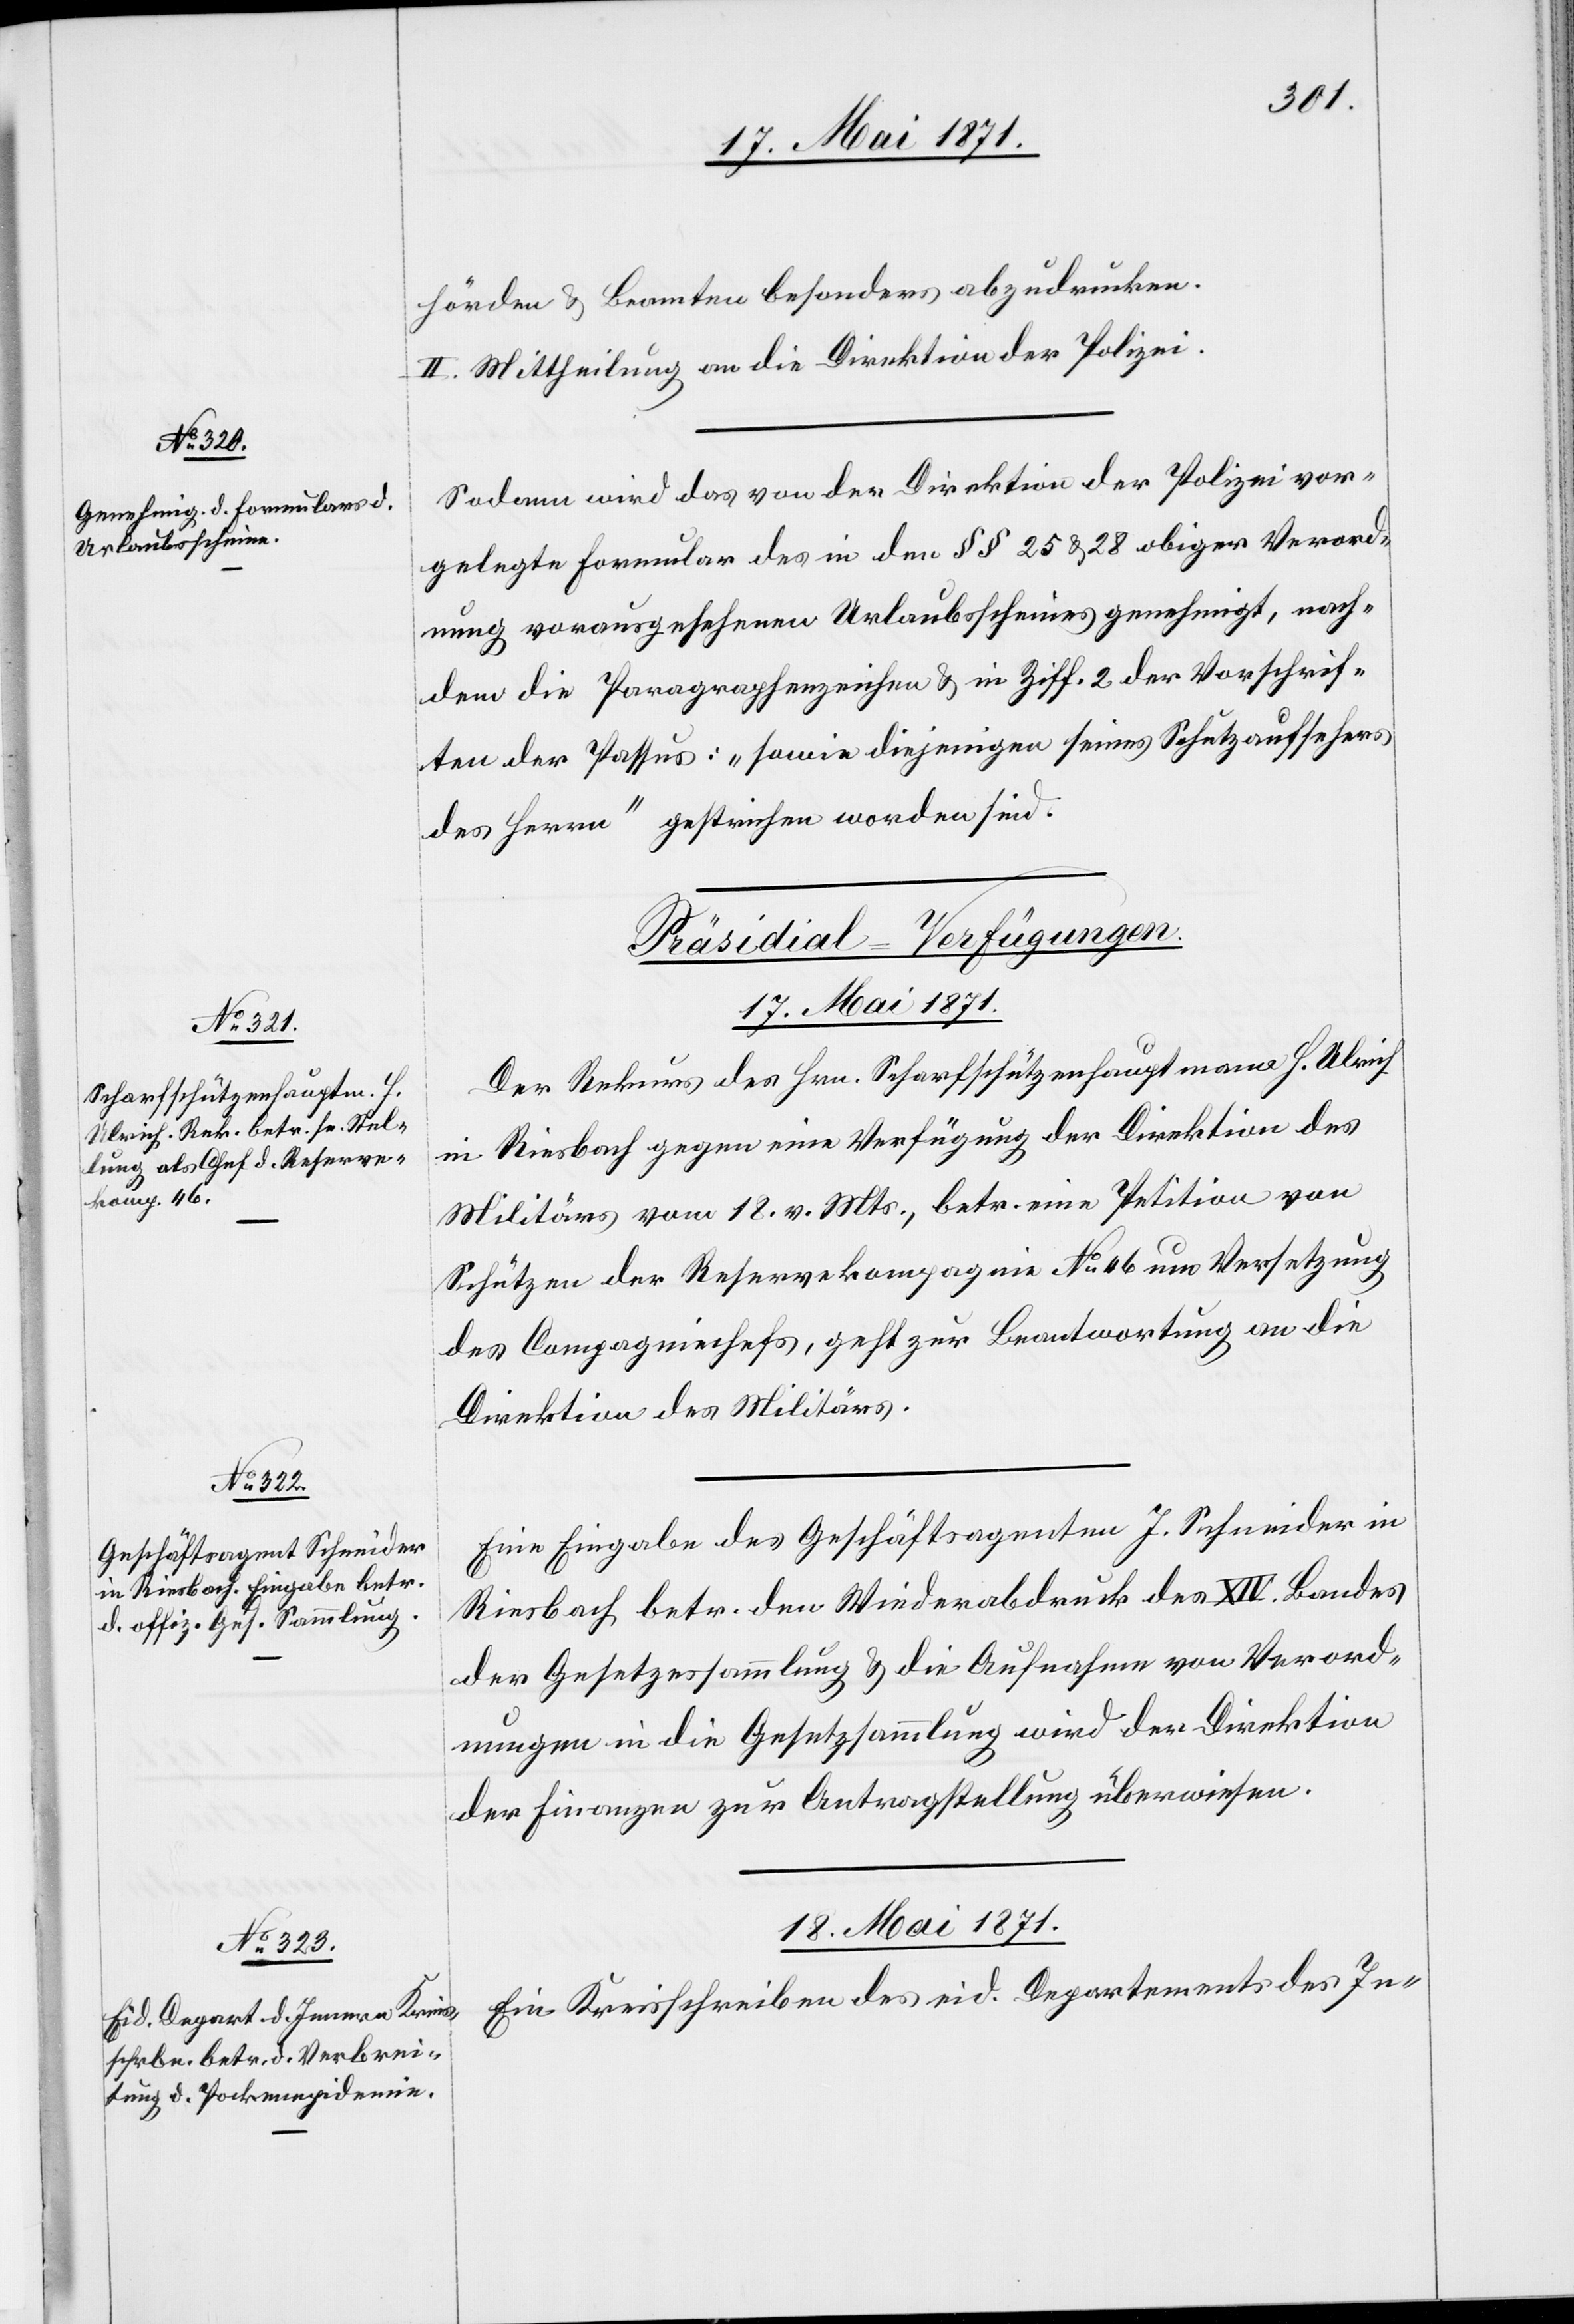
17. Mai 1871.]
Sodann wird das von der Direktion der Polizei vor¬
gelegte Formular des in den §§ 25 u. 28 obiger Verord¬
nung vorausgesehenen Urlaubsscheines genehmigt, nach¬
dem die Paragraphenzeichen u. in Ziff. 2 der Vorschrif¬
ten der Passus: „Sowie diejenigen seines Schutzaufsehers
des Herrn“ gestrichen worden sind.
[Präsidial-Verfügungen]
17. Mai 1871.
Der Rekurs des Hrn. Scharfschützenhauptmann H. Ulrich
in Riesbach gegen eine Verfügung der Direktion des
Militärs vom 18. v. Mts., betr. eine Petition von
Schützen der Reservekompagnie No. 46 um Versetzung
des Compagniechefs, geht zur Beantwortung an die
Direktion des Militärs.
Eine Eingabe des Geschäftsagenten J. Schneider in
Riesbach betr. den Wiederabdruck des XIV. Bandes
der Gesetzessammlung u. die Aufnahme von Verord¬
nungen in die Gesetzsammlung wird der Direktion
der Finanzen zur Antragstellung überwiesen.
18. Mai 1871.
Ein Kreisschreiben des eid. Departements des In-